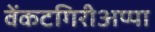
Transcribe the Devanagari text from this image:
वेंकटगिरीअप्पा